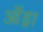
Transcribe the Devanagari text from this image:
ऑड्रा